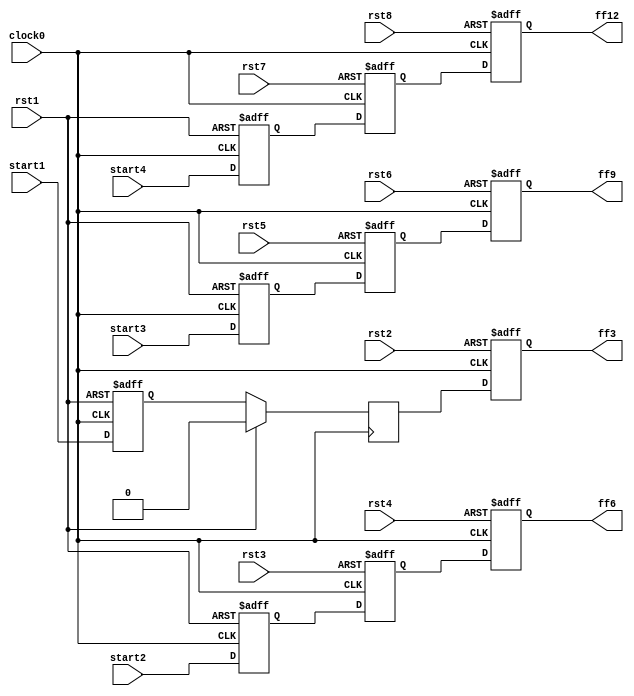
module hop2_L1(

   	input clock0, rst1,rst2,rst3,rst4,rst5,rst6,rst7,rst8,start1,start2,start3,start4,
   	output ff3,ff6,ff9,ff12

	);

   reg ff1,ff2,ff3,ff4,ff5,ff6,ff7,ff8,ff9,ff10,ff11,ff12;


  	always @( posedge clock0, posedge rst1 )
   	begin
   		if( rst1 )
       			ff1 <= 0;
		else
			ff1<= start1;
	end


	always @(posedge clock0)
	begin
    		if( rst1 )
       			ff2 <= 0;      
    		else 
			ff2<= ff1;

	end

	always @(posedge clock0, posedge rst2)
	begin
    		if( rst2)
       			ff3 <= 0;      
    		else 
			ff3<= ff2;

	end

	always @(posedge clock0, posedge rst1)
	begin
    		if( rst1 )
       			ff4 <= 0;      
    		else 
			ff4<= start2;

	end

	always @(posedge clock0, posedge rst3)
	begin
    		if( rst3)
       			ff5 <= 0;      
    		else 
			ff5<= ff4;

	end

	always @(posedge clock0, posedge rst4)
	begin
    		if( rst4 )
       			ff6 <= 0;      
    		else 
			ff6<= ff5;

	end

	always @(posedge clock0, posedge rst1)
	begin
    		if( rst1 )
       			ff7 <= 0;      
    		else 
			ff7<= start3;

	end

	always @(posedge clock0, posedge rst5)
	begin
    		if( rst5 )
       			ff8 <= 0;      
    		else 
			ff8<= ff7;

	end

	always @(posedge clock0, posedge rst6)
	begin
    		if( rst6)
       			ff9 <= 0;      
    		else 
			ff9<= ff8;

	end

	always @(posedge clock0, posedge rst1)
	begin
    		if( rst1 )
       			ff10 <= 0;      
    		else 
			ff10<= start4;

	end

	always @(posedge clock0, posedge rst7)
	begin
    		if( rst7 )
       			ff11 <= 0;      
    		else 
			ff11<= ff10;

	end

	always @(posedge clock0, posedge rst8)
	begin
    		if( rst8 )
       			ff12 <= 0;      
    		else 
			ff12<= ff11;

	end

endmodule